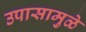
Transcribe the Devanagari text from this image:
उपासामुळे